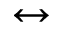
\leftrightarrow